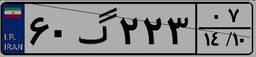
۰۶گ۴۳۲۴۰